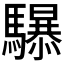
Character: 𱄷